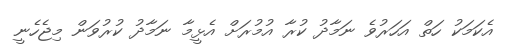
އެކަމަކު ހަތް އަހަރުވެ ނަމާދު ކުރާ އުމުރަށް އެޅީމާ ނަމާދު ކުރުވަން މިޖެހެނީ